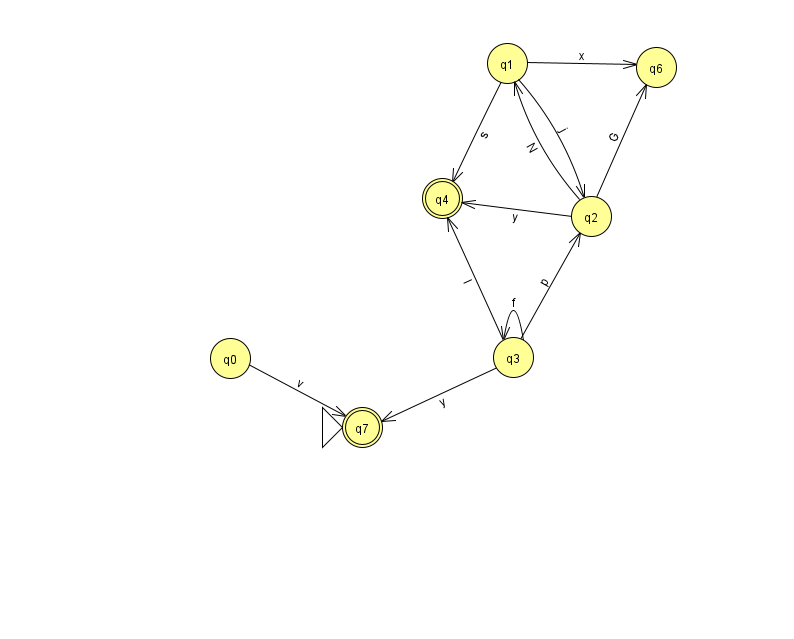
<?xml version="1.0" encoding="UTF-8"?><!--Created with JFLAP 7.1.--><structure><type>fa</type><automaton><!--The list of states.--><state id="0" name="q0"><x>230.0</x><y>345.0</y></state><state id="1" name="q1"><x>507.0</x><y>50.0</y></state><state id="2" name="q2"><x>591.0</x><y>203.0</y></state><state id="3" name="q3"><x>513.0</x><y>344.0</y></state><state id="4" name="q4"><x>442.0</x><y>185.0</y><final/></state><state id="6" name="q6"><x>656.0</x><y>54.0</y></state><state id="7" name="q7"><x>362.0</x><y>414.0</y><initial/><final/></state><!--The list of transitions.--><transition><from>1</from><to>2</to><read>j</read></transition><transition><from>3</from><to>2</to><read>p</read></transition><transition><from>2</from><to>6</to><read>G</read></transition><transition><from>2</from><to>1</to><read>N</read></transition><transition><from>3</from><to>3</to><read>f</read></transition><transition><from>1</from><to>6</to><read>x</read></transition><transition><from>3</from><to>7</to><read>y</read></transition><transition><from>0</from><to>7</to><read>v</read></transition><transition><from>1</from><to>4</to><read>s</read></transition><transition><from>2</from><to>4</to><read>y</read></transition><transition><from>3</from><to>4</to><read>I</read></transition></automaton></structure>